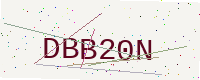
Text: DBB20N